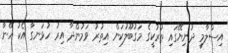
އިސްލާމީ ދުނިޔޭގައި ތުރުކީގެ މަގުބޫލުކަން އިތުރު ވަމުންދާ އިރު ހުޅަނގާ އެކު އޭނާ